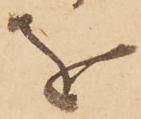
を